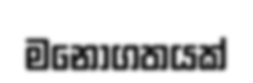
මනොගතයක්